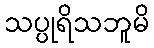
သပ္ပုရိသဘူမိ